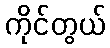
ကိုင်တွယ်